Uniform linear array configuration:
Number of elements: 48
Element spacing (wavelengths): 0.25
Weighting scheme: kaiser
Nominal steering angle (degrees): -15
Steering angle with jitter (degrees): -14.869
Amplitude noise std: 0.05
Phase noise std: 0.05

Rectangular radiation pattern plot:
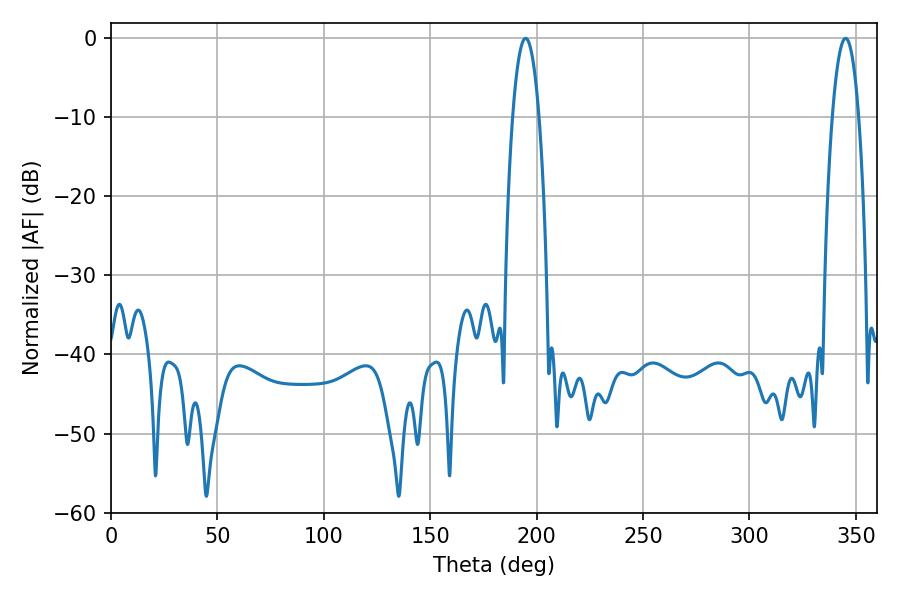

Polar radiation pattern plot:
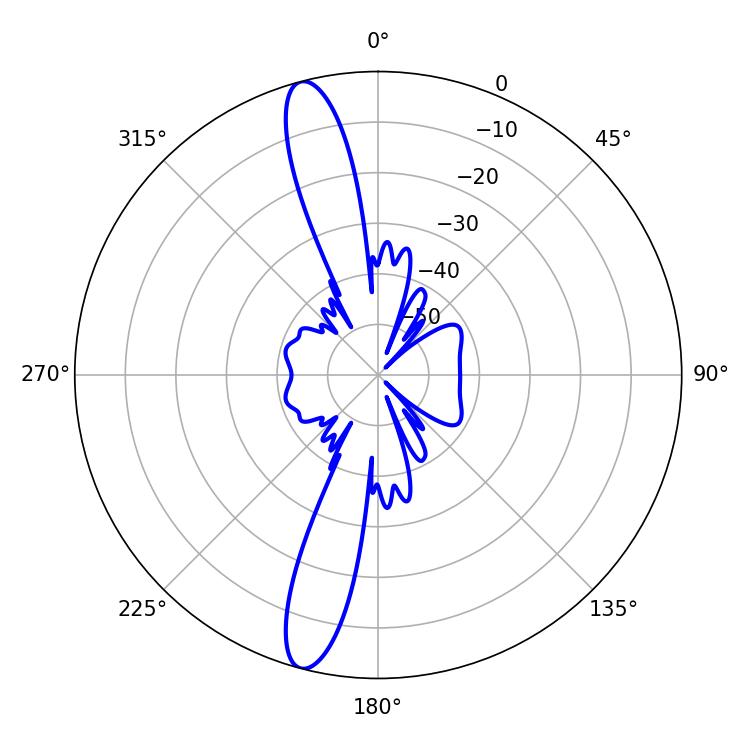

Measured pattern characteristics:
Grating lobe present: FALSE
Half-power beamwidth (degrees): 7.02
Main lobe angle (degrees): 194.76